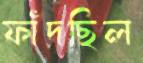
ফাঁদছিল